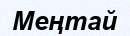
Меңтай